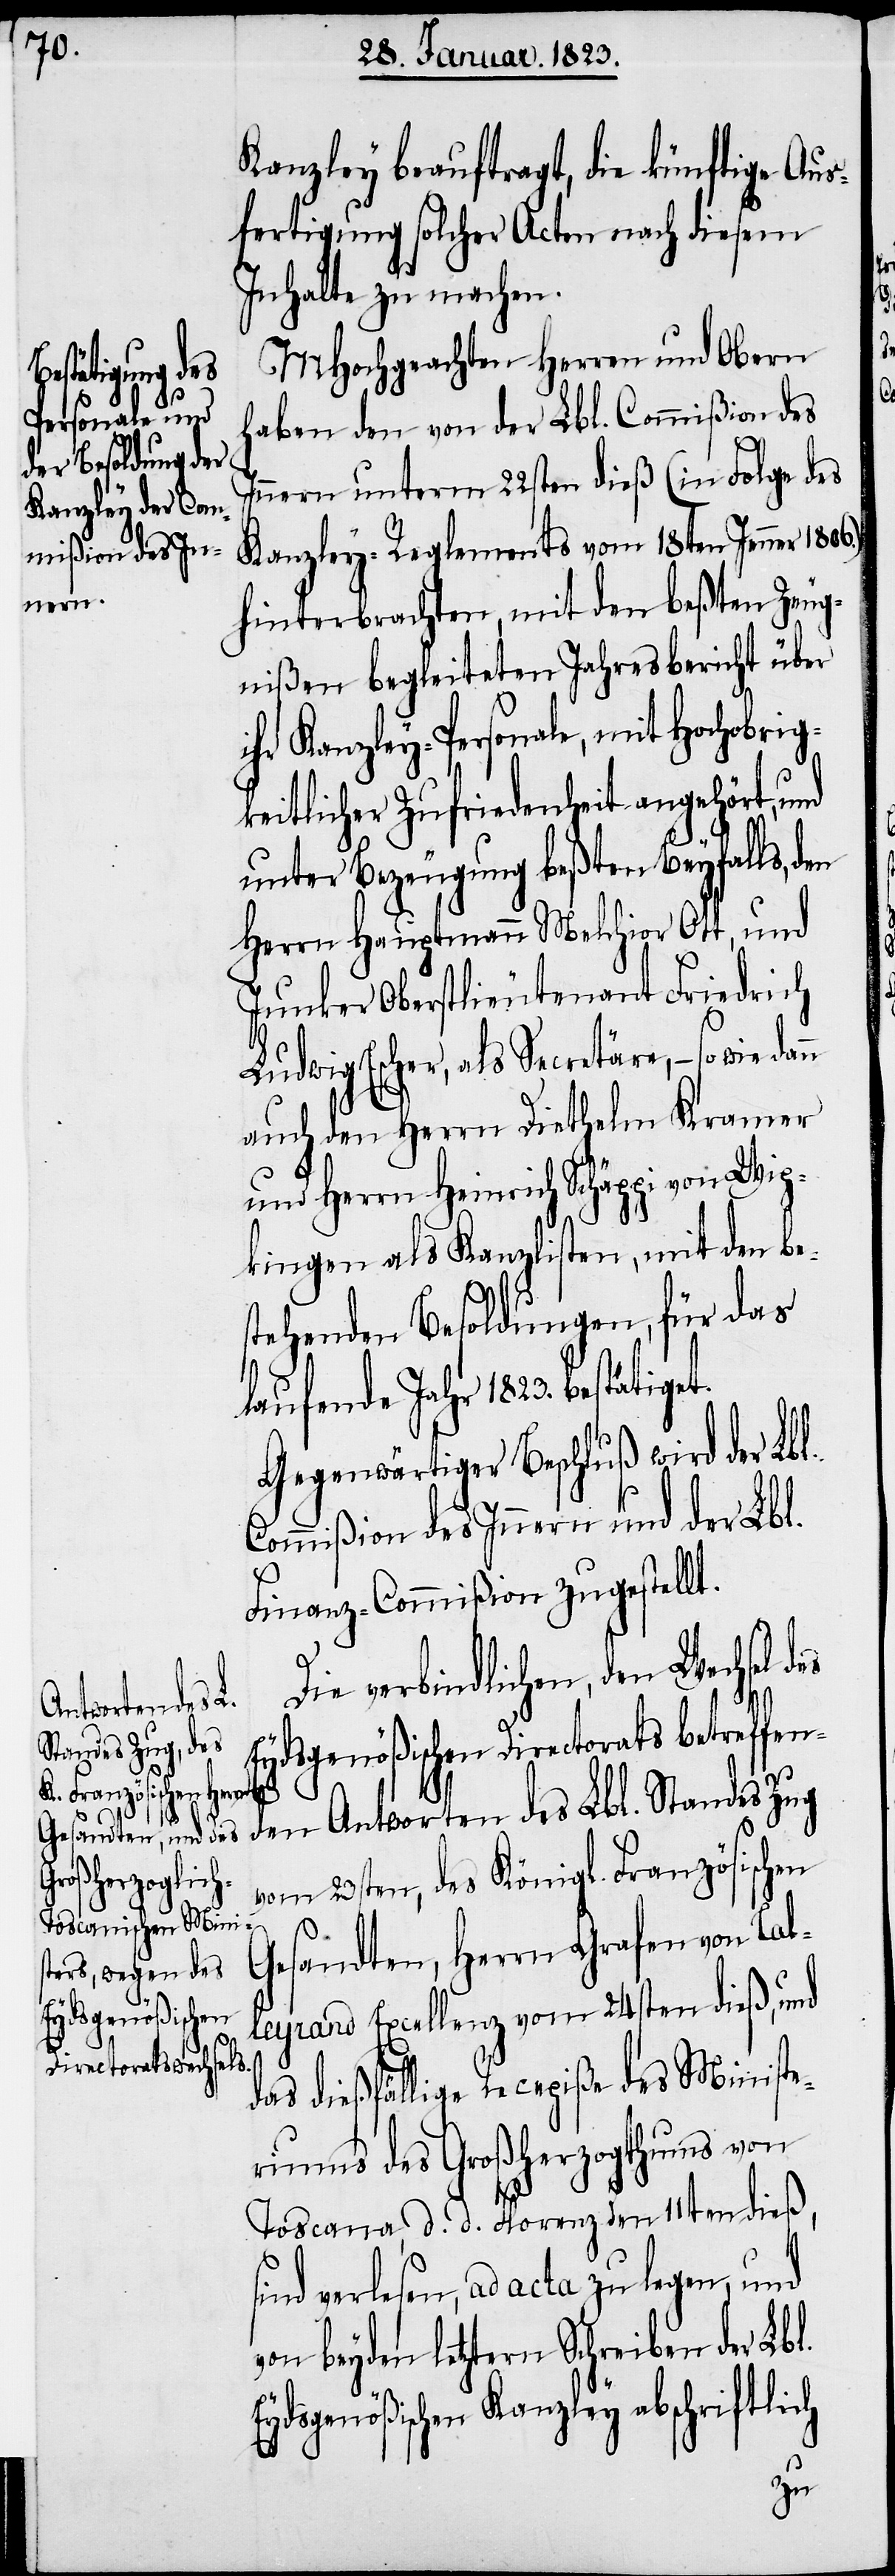
Kanzley beauftragt, die künftige Aus¬
fertigung solcher Acten nach diesem
Inhalte zu machen.
MHochgeachten Herren und Obern
wie dann
haben den von der Lbl. Commißion des
nnern unterm 22sten dieß (in Folge des
Kanzley-Reglements vom 18ten Jenner
hinterbrachten, mit den beßten Zeug¬
nißen begleiteten Jahresbericht über
ihr Kanzley-Personale, mit Hochobrig¬
keitlicher Zufriedenheit angehört,
unter Bezeugung beßten Beyfalls, den
Herrn Hauptmann Melchior Ott, und
Junker Oberstlieutenant Friedrich
Ludwig Escher, als Secretäre, – so
auch den Herrn Diethelm Kramer
und Herrn Heinrich Schäppi von Wip¬
kingen als Kanzlisten, mit den be¬
stehenden Besoldungen, für das
laufende Jahr 1823. bestätiget.
Gegenwärtiger Beschluß wird der Lbl.
Commißion des Innern und der Lbl.
Finanz-Commißion zugestellt.
Die verbindlichen, den Wechsel
Eydsgenößischen Directorats betreffen¬
den Antworten des Lbl. Standes Zug
abschriftlich
vom 23sten, des Königl. Französischen
I¬
Gesandten, Herrn Grafen von Tal¬
leyrand Excellenz vom 24sten dieß, und
Eydsgenößischen
das dießfällige Recepiße des Ministe¬
riums des Großherzogthums von
Toscana, d. d. Florenz den 11ten dieß,
sind verlesen, ad acta zu legen, und
von beyden letztern Schreiben der Lbl.